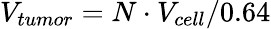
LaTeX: V_{tumor}=N\cdot V_{cell}/0.64